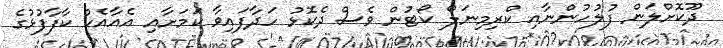
ދޫކޮށްލަން ފުލުހުންނާއި ކްރިމިނަލް ކޯޓުން ވެސް ދެކޮޅު ހަދާފައިވާ ކަމަށާއި އެއާއެކު ކާފާފުޅުގެ